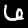
Digit: 6